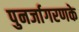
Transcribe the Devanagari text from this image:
पुनर्जागरणके